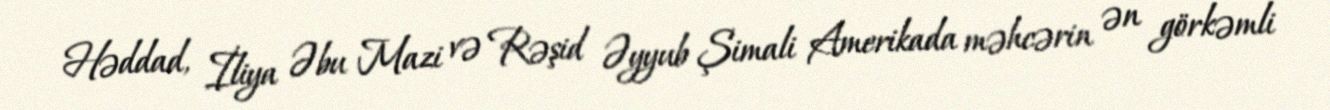
Həddad, İliya Əbu Mazi və Rəşid Əyyub Şimali Amerikada məhcərin ən görkəmli